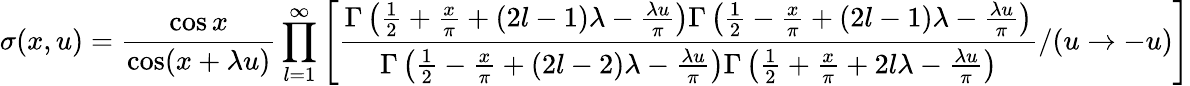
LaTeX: \sigma(x,u)=\frac{\cos x}{\cos(x+\lambda u)}\prod_{l=1}^{\infty}\left[\frac{\Gamma\left(\frac{1}{2}+\frac{x}{\pi}+(2l-1)\lambda-\frac{\lambda u}{\pi}\right)\Gamma\left(\frac{1}{2}-\frac{x}{\pi}+(2l-1)\lambda-\frac{\lambda u}{\pi}\right)}{\Gamma\left(\frac{1}{2}-\frac{x}{\pi}+(2l-2)\lambda-\frac{\lambda u}{\pi}\right)\Gamma\left(\frac{1}{2}+\frac{x}{\pi}+2l\lambda-\frac{\lambda u}{\pi}\right)}/(u\to-u)\right]